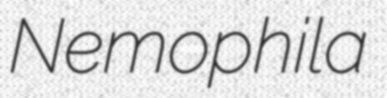
Nemophila